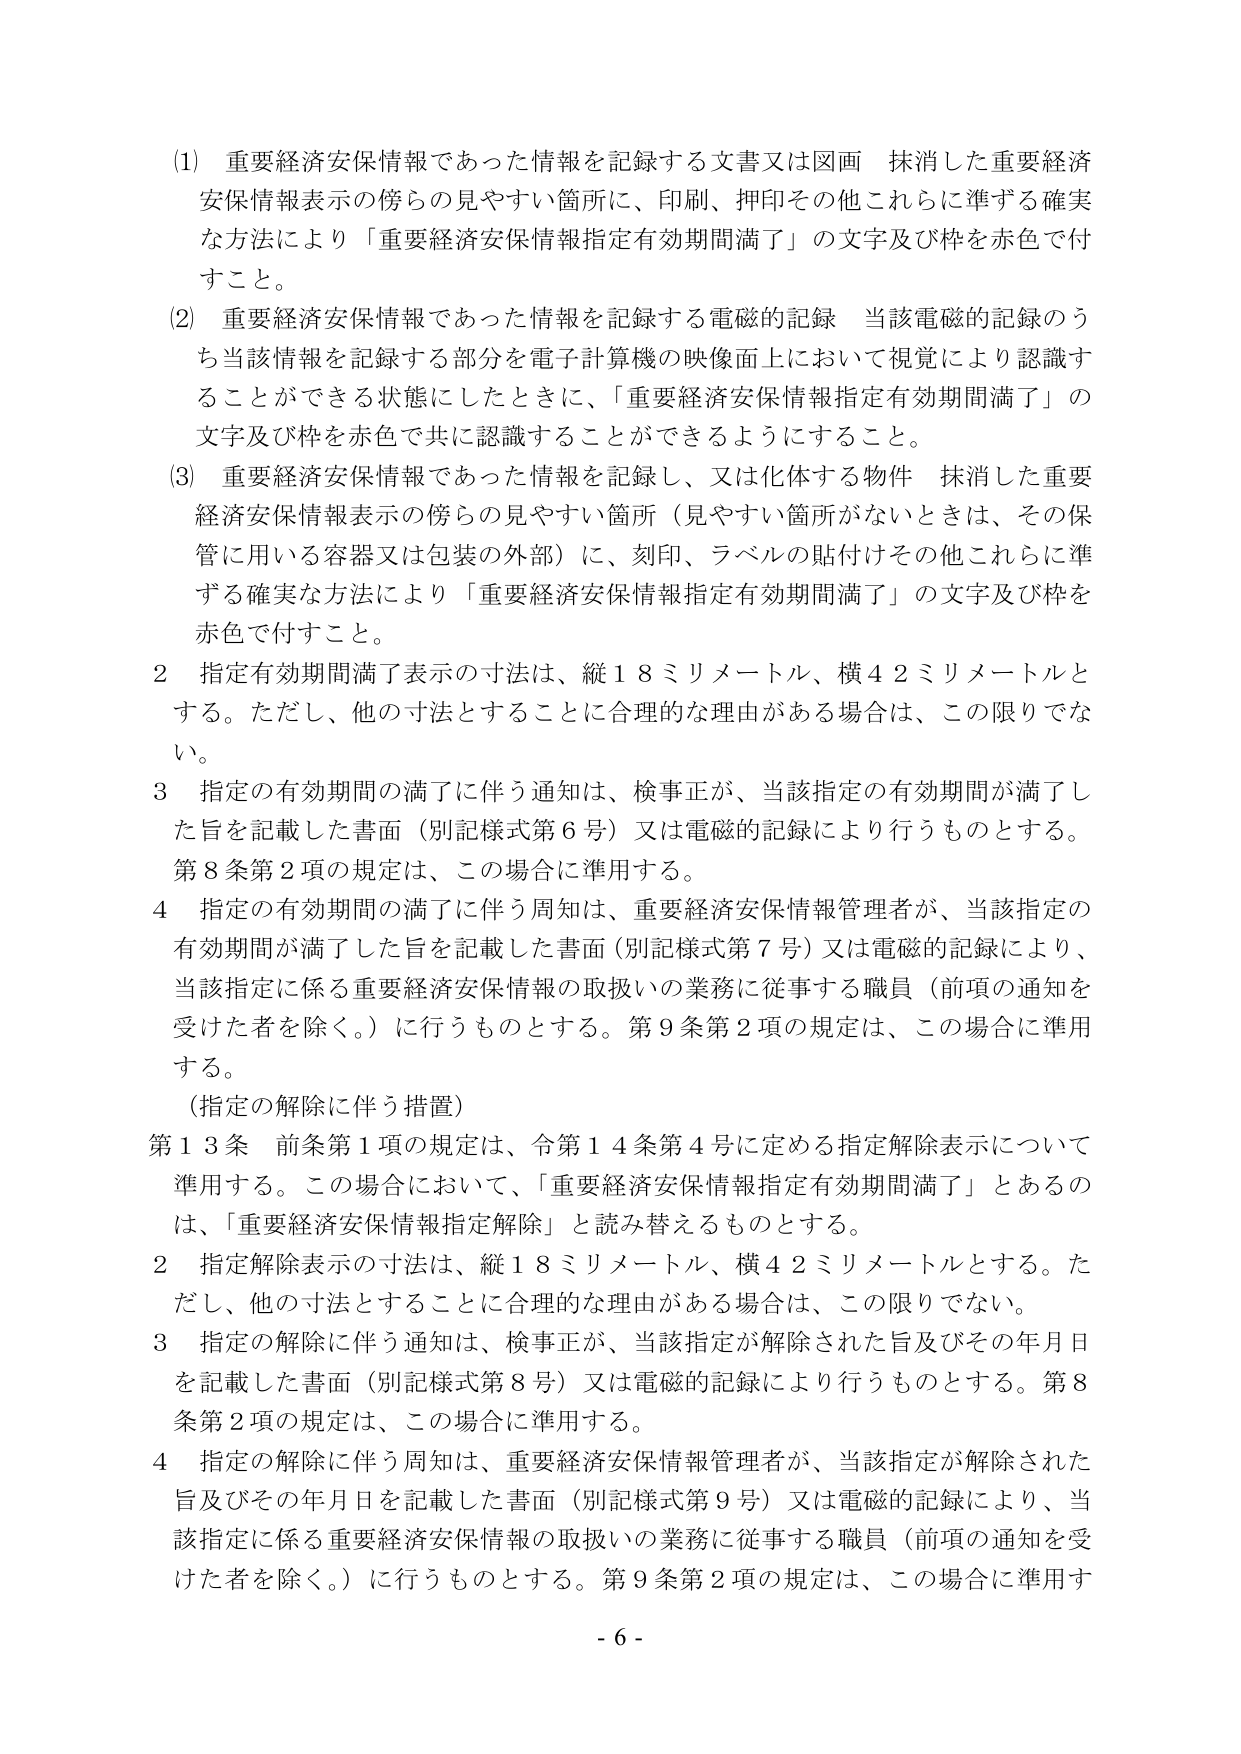
(1) 重要経済安保情報であった情報を記録する文書又は図画 抹消した重要経済安保情報表示の傍らの見やすい箇所に、印刷、押印その他これらに準ずる確実な方法により「重要経済安保情報指定有効期間満了」の文字及び枠を赤色で付すこと。

(2) 重要経済安保情報であった情報を記録する電磁的記録 当該電磁的記録のうち当該情報を記録する部分を電子計算機の映像面上において視覚により認識することができる状態にしたときに、「重要経済安保情報指定有効期間満了」の文字及び枠を赤色で共に認識することができるようにすること。

(3) 重要経済安保情報であった情報を記録し、又は化体する物件 抹消した重要経済安保情報表示の傍らの見やすい箇所（見やすい箇所がないときは、その保管に用いる容器又は包装の外部）に、刻印、ラベルの貼付けその他これらに準ずる確実な方法により「重要経済安保情報指定有効期間満了」の文字及び枠を赤色で付すこと。

2 指定有効期間満了表示の寸法は、縦18ミリメートル、横42ミリメートルとする。ただし、他の寸法とすることに合理的な理由がある場合は、この限りでない。

3 指定の有効期間の満了に伴う通知は、検事正が、当該指定の有効期間が満了した旨を記載した書面（別記様式第6号）又は電磁的記録により行うものとする。第8条第2項の規定は、この場合に準用する。

4 指定の有効期間の満了に伴う周知は、重要経済安保情報管理者が、当該指定の有効期間が満了した旨を記載した書面（別記様式第7号）又は電磁的記録により、当該指定に係る重要経済安保情報の取扱いの業務に従事する職員（前項の通知を受けた者を除く。）に行うものとする。第9条第2項の規定は、この場合に準用する。

（指定の解除に伴う措置）

第13条 前条第1項の規定は、令第14条第4号に定める指定解除表示について準用する。この場合において、「重要経済安保情報指定有効期間満了」とあるのは、「重要経済安保情報指定解除」と読み替えるものとする。

2 指定解除表示の寸法は、縦18ミリメートル、横42ミリメートルとする。ただし、他の寸法とすることに合理的な理由がある場合は、この限りでない。

3 指定の解除に伴う通知は、検事正が、当該指定が解除された旨及びその年月日を記載した書面（別記様式第8号）又は電磁的記録により行うものとする。第8条第2項の規定は、この場合に準用する。

4 指定の解除に伴う周知は、重要経済安保情報管理者が、当該指定が解除された旨及びその年月日を記載した書面（別記様式第9号）又は電磁的記録により、当該指定に係る重要経済安保情報の取扱いの業務に従事する職員（前項の通知を受けた者を除く。）に行うものとする。第9条第2項の規定は、この場合に準用す

- 6 -